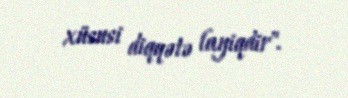
xüsusi diqqətə layiqdir".